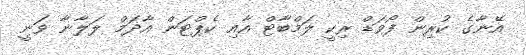
އޭނާގެ ކުރިން ފޯވަޑް ރިކީ ލަމްބާޓް އާއި ކެޕްޓަން އާދަމް ލަލާނާ ވަނީ